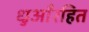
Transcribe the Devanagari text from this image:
धुआँरहित